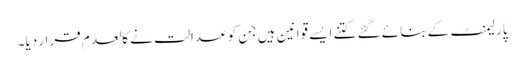
پارلیمنٹ کے بنائے گئے کتنے ایسے قوانین ہیں جن کو عدالت نے کالعدم قرار دیا۔